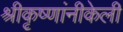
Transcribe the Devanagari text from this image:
श्रीकृष्णांनीकेली